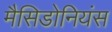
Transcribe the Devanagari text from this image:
मैसिडोनियंस